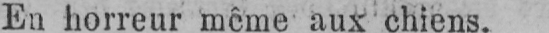
En horreur même aux chiens.